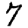
Digit: 7